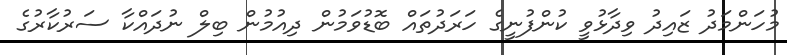
މުހަންމަދު ޒައިދު ވިދާޅުވީ ކުންފުނީގެ ހަރަދުތައް ބޮޑުވަމުން ދިއުމުން ބިލް ނުދައްކާ ސަރުކާރުގެ